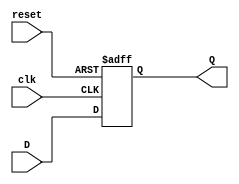
module reg_N_bits_with_areset
#(parameter N = 8)
(input reset, clk,
input [N-1:0] D,
output reg [N-1:0] Q);

	always @ (posedge clk, posedge reset)
		if(reset == 1'b1) Q <= {N{1'b0}};
		else Q <= D;
		
endmodule